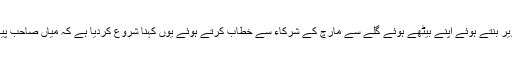
اب تو اُنہوں نے خود ترحمی کی تصویر بنتے ہوئے اپنے بیٹھے ہوئے گلے سے مارچ کے شرکاء سے خطاب کرتے ہوئے یوں کہنا شروع کردیا ہے کہ میاں صاحب پیار سے کہہ رہا ہو کہ استعفیٰ دے دو۔